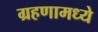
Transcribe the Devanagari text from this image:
ग्रहणामध्ये